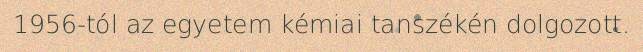
1956-tól az egyetem kémiai tanszékén dolgozott.